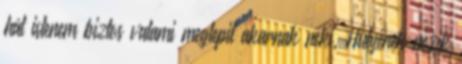
hát istenem biztos valami meglepit akarnak neki. Hülyének nézik